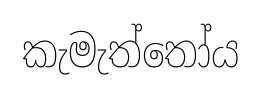
කැමැත්තෝය